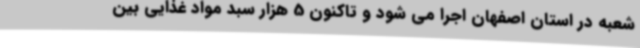
شعبه در استان اصفهان اجرا می شود و تاکنون 5 هزار سبد مواد غذایی بین